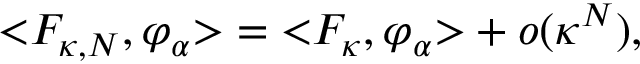
\mathopen < F _ { \kappa , N } , \varphi _ { \alpha } \mathclose > = \mathopen < F _ { \kappa } , \varphi _ { \alpha } \mathclose > + o ( \kappa ^ { N } ) ,